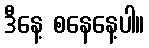
ဒီနေ့ စနေနေ့ပါ။